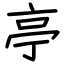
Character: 亭